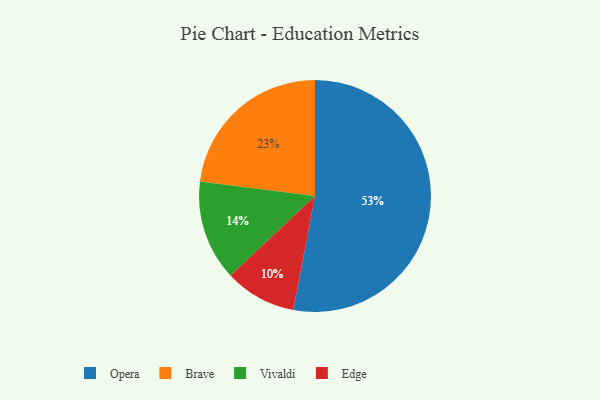
{"axis": {"x": "Category", "y": "Percentage"}, "legend": ["Brave", "Edge", "Opera", "Vivaldi"], "data": [{"x": "Opera", "y": 53, "type": "Opera"}, {"x": "Vivaldi", "y": 14, "type": "Vivaldi"}, {"x": "Brave", "y": 23, "type": "Brave"}, {"x": "Edge", "y": 10, "type": "Edge"}]}